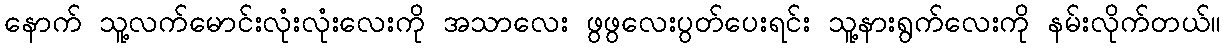
နောက် သူ့လက်မောင်းလုံးလုံးလေးကို အသာလေး ဖွဖွလေးပွတ်ပေးရင်း သူ့နားရွက်လေးကို နမ်းလိုက်တယ်။